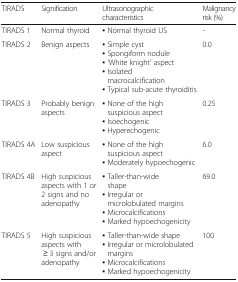
<table><thead><tr><td><b>TIRADS</b></td><td><b>Signification</b></td><td><b>Ultrasonographic characteristics</b></td><td><b>Malignancy risk (%)</b></td></tr></thead><tbody><tr><td>TIRADS 1</td><td>Normal thyroid</td><td>▪ Normal thyroid US</td><td>-</td></tr><tr><td>TIRADS 2</td><td>Benign aspects</td><td>▪ Simple cyst▪ Spongiform nodule▪ ‘White knight’ aspect▪ Isolated macrocalcification▪ Typical sub-acute thyroiditis</td><td>0.0</td></tr><tr><td>TIRADS 3</td><td>Probably benign aspects</td><td>▪ None of the high suspicious aspect▪ Isoechogenic▪ Hyperechogenic</td><td>0.25</td></tr><tr><td>TIRADS 4A</td><td>Low suspicious aspect</td><td>▪ None of the high suspicious aspect▪ Moderately hypoechogenic</td><td>6.0</td></tr><tr><td>TIRADS 4B</td><td>High suspicious aspects with 1 or 2 signs and no adenopathy</td><td>▪ Taller-than-wide shape▪ Irregular or microlobulated margins▪ Microcalcifications▪ Marked hypoechogenicity</td><td>69.0</td></tr><tr><td>TIRADS 5</td><td>High suspicious aspects with ≥ 3 signs and/or adenopathy</td><td>▪ Taller-than-wide shape▪ Irregular or microlobulated margins▪ Microcalcifications▪ Marked hypoechogenicity</td><td>100</td></tr></tbody></table>